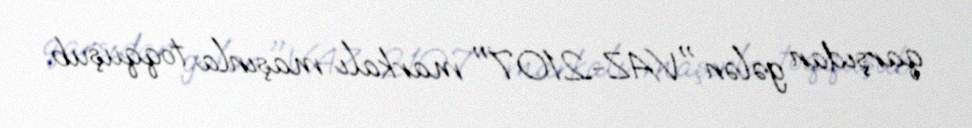
qarşıdan gələn "VAZ-2107" markalı maşınla toqquşub.